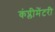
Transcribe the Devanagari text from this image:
कंप्लीमेंटरी